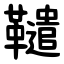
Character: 䪈